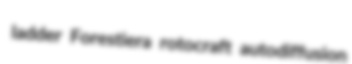
ladder Forestiera rotocraft autodiffusion